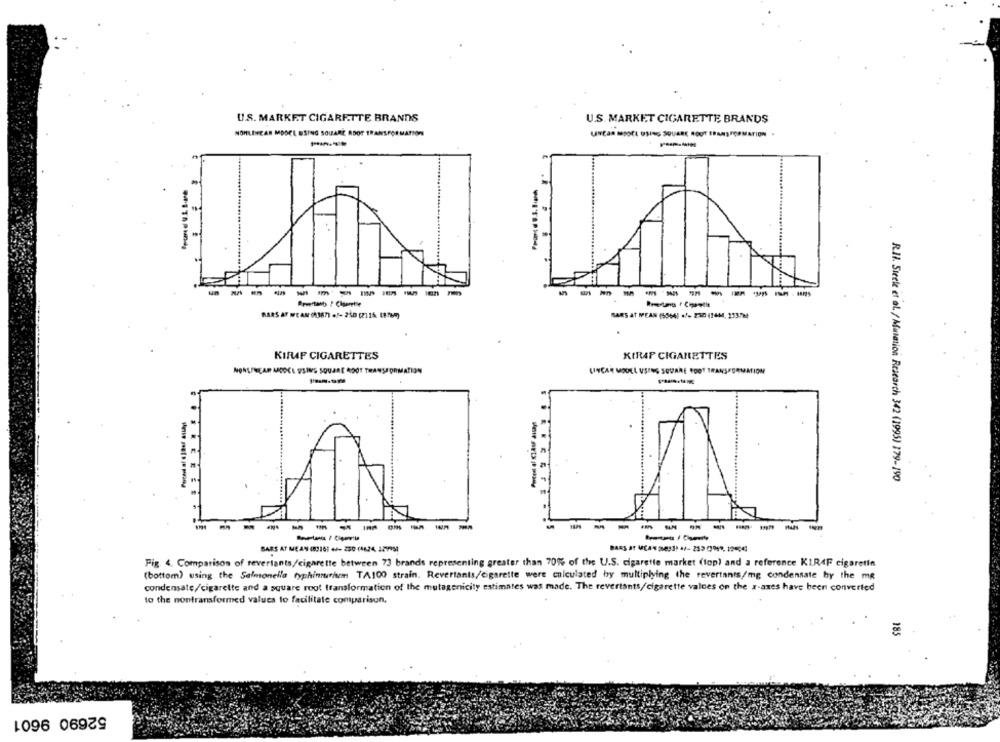
U.S. MARKET CIGARETTE BRANDS
U.S. MARKET CIGARETTE BRANDS
NONLINEAR MOORE USING SQUARE ROOT TRANSFORMATION
UNCAR MSOCE USING SQUARE ROUT TRANSFORMATION
- -----------
---------
RARS AT MEAN ONMATI .f- 260 [2115 1769)
SARS AT MEAN (5564) +/- 232 (2404. 233790
KIFF CIGARETTES
KIRAP CIGARETTES
NONLINEAR MODEL USING SQUARE ROOT TRANSFORMATION
SINCAR MOOLL USING SQUARE ROOT TRANSFORMATION
R.Il. Steele et al. / Mutation Research 342 (1995) 179-190
---------
---
---
--
BARS AT MEAN (8316) +/- 230 (4624, 12-9951
Fig 4. Comparison of revertants/cigarette between 73 brands representing greater than 70% of the U.S. cigarette market (top) and a reference KIR4F cigarette
(bottom) using the Salmonella typhinurinn TA100 strain. Revertants/cigarette were calculated by multiplying the revertants/mg condensate by the me
condensate/cigarette and a square root transformation of the mutagenicity estimates was made. The revertants/cigarette values on the x-axes have been converted
to the nontransformed values to facilitate comparisun.
185
52690 9601